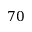
7 0